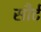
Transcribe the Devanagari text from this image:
सौर्ट